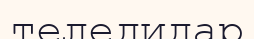
теледидар